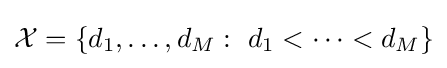
{\mathcal {X}}=\left\{d_{1},\ldots ,d_{M}:\ d_{1}<\cdots <d_{M}\right\}